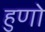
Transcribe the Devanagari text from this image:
हुणो